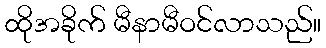
ထိုအခိုက် မီနာမီဝင်လာသည်။